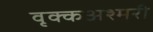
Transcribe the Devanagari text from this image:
वृक्कअश्मरी